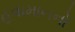
હવામાનનો